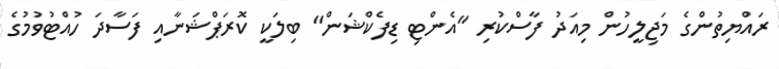
ރައްޔިތުންގެ މަޖިލީހުން މިއަދު ފާސްކުރި "އެންޓި ޑިފެކްޝަން" ބިލަކީ ކޮރަޕްޝަނާއި ފަސާދަ ހުއްޓުވުމުގެ